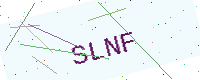
Text: SLNF